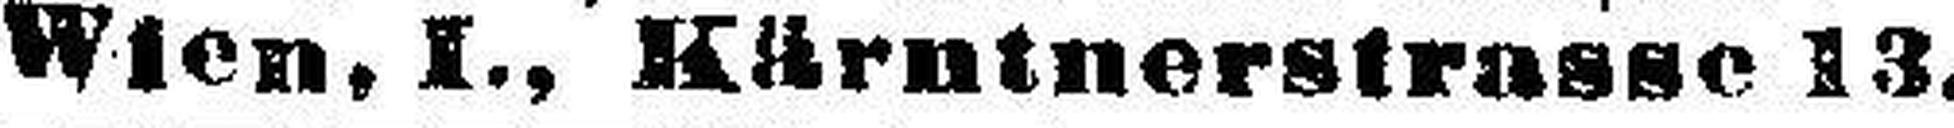
Wien, I., Kärntnerstrasse 13.